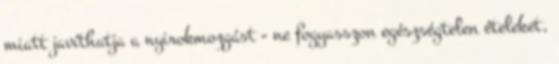
miatt javíthatja a nyirokmozgást - ne fogyasszon egészségtelen ételeket,